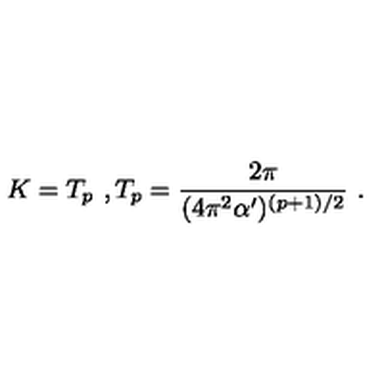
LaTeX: K = T _ { p } \ , T _ { p } = \frac { 2 \pi } { ( 4 \pi ^ { 2 } \alpha ^ { \prime } ) ^ { ( p + 1 ) / 2 } } \ .